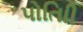
પોતાિી